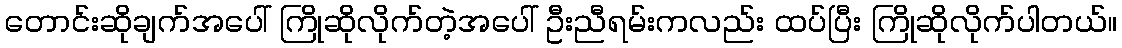
တောင်းဆိုချက်အပေါ် ကြိုဆိုလိုက်တဲ့အပေါ် ဦးညီရမ်းကလည်း ထပ်ပြီး ကြိုဆိုလိုက်ပါတယ်။